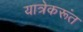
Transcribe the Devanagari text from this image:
यात्रेकरूंत